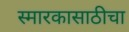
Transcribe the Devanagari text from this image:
स्मारकासाठीचा